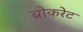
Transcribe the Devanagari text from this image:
ब्रोकरेट